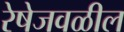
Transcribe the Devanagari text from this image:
रेषेजवळील